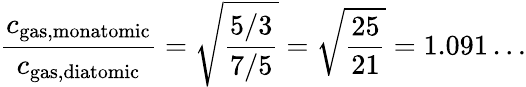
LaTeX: {\frac{c_{\mathrm{gas,monatomic}}}{c_{\mathrm{gas,diatomic}}}}={\sqrt{\frac{5/3}{7/5}}}={\sqrt{\frac{25}{21}}}=1.091\ldots